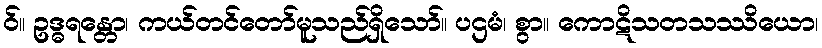
ဝ်။ ဥဒ္ဓရန္တော၊ ကယ်တင်တော်မူသည်ရှိသော်။ ပဌမံ၊ စွာ။ ကောဋိသတသဿိယော၊